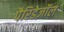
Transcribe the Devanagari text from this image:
पैरिडेज़ॉल